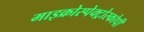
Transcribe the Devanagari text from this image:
माइक्रोस्पेक्ट्रोस्कोपी